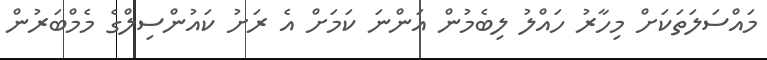
މައްސަލަތަކަށް މިހާރު ހައްލު ލިބެމުން އަންނަ ކަމަށް އެ ރަށު ކައުންސިލްގެ މެމްބަރުން